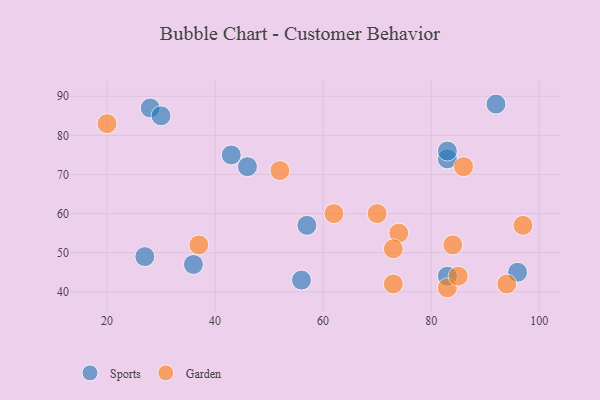
{"axis": {"x": "GDP", "y": "Life Expectancy"}, "legend": ["Garden", "Sports"], "data": [{"x": "92", "y": 88, "type": "Sports"}, {"x": "36", "y": 47, "type": "Sports"}, {"x": "28", "y": 87, "type": "Sports"}, {"x": "83", "y": 44, "type": "Sports"}, {"x": "43", "y": 75, "type": "Sports"}, {"x": "83", "y": 74, "type": "Sports"}, {"x": "83", "y": 76, "type": "Sports"}, {"x": "27", "y": 49, "type": "Sports"}, {"x": "57", "y": 57, "type": "Sports"}, {"x": "46", "y": 72, "type": "Sports"}, {"x": "30", "y": 85, "type": "Sports"}, {"x": "56", "y": 43, "type": "Sports"}, {"x": "96", "y": 45, "type": "Sports"}, {"x": "70", "y": 60, "type": "Garden"}, {"x": "83", "y": 41, "type": "Garden"}, {"x": "37", "y": 52, "type": "Garden"}, {"x": "73", "y": 42, "type": "Garden"}, {"x": "85", "y": 44, "type": "Garden"}, {"x": "97", "y": 57, "type": "Garden"}, {"x": "74", "y": 55, "type": "Garden"}, {"x": "52", "y": 71, "type": "Garden"}, {"x": "62", "y": 60, "type": "Garden"}, {"x": "73", "y": 51, "type": "Garden"}, {"x": "84", "y": 52, "type": "Garden"}, {"x": "86", "y": 72, "type": "Garden"}, {"x": "20", "y": 83, "type": "Garden"}, {"x": "94", "y": 42, "type": "Garden"}]}